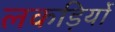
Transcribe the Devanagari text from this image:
लकड़िर्यो